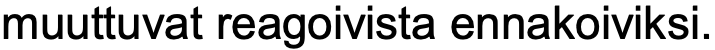
muuttuvat reagoivista ennakoiviksi.